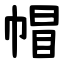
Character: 帽